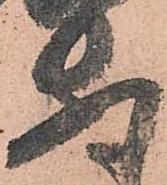
安